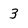
Character: 3